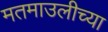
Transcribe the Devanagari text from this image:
मतमाउलीच्या